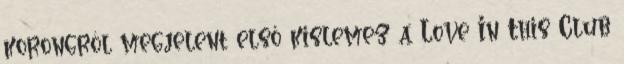
korongról megjelent első kislemez a Love In This Club